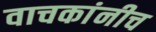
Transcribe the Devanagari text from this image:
वाचकांनीच